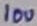
Text: 10u